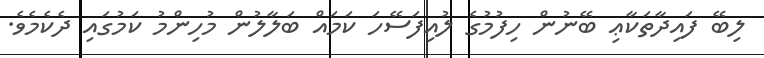
ލިބޭ ފައިދާތަކާޢި ބޭނުން ހިފުމުގެ ލުއިފަސޭހަ ކަމައް ބަލާލުން މުހިންމު ކަމުގައި ދެކެމެވެ.